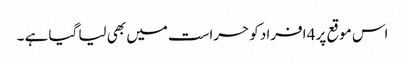
اس موقع پر 4 افراد کو حراست میں بھی لیا گیا ہے ۔